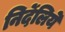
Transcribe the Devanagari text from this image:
निर्देलिये